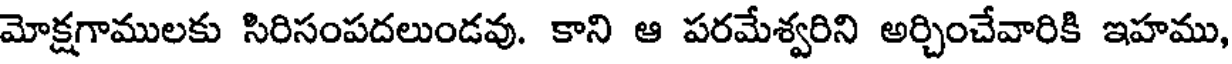
మోక్షగాములకు సిరిసంపదలుండవు. కాని ఆ పరమేశ్వరిని అర్చించేవారికి ఇహము,